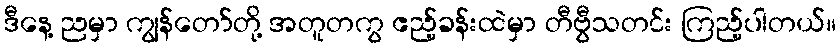
ဒီနေ့ ညမှာ ကျွန်တော်တို့ အတူတကွ ဧည့်ခန်းထဲမှာ တီဗွီသတင်း ကြည့်ပါတယ်။